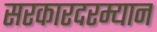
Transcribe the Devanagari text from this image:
सरकारदरम्यान